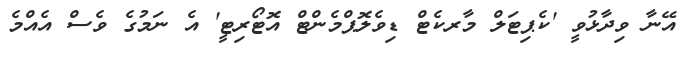
އޭނާ ވިދާޅުވީ 'ކެޕިޓަލް މާރކެޓް ޑިވެލޮޕްމެންޓް އޮޓޯރިޓީ' އެ ނަމުގެ ވެސް އެއްމެ